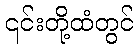
၎င်းတို့ထံတွင်